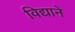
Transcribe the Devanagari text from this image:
विद्याने